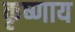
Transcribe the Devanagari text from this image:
कृष्णाय